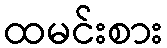
ထမင်းစား